Medical and sanitary report of the native army of Bengal for the year
Year: 1874
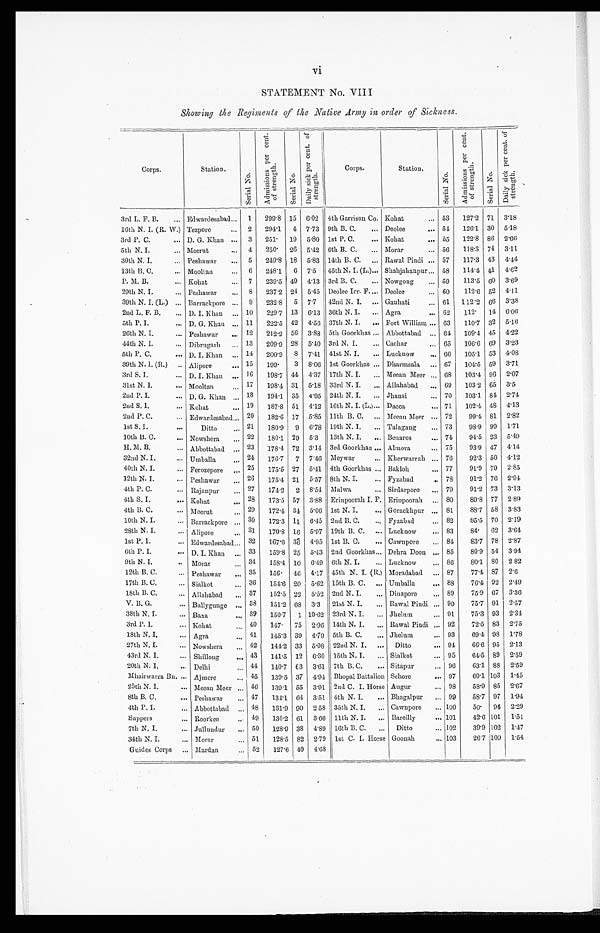
vi
STATEMENT No. VIII
Showing the Regiments of the Native Army in order of Sickness.
C r o p s .
S t a t i o n .
S e r i a l N o .
A d m i s s i o n s p e r c e n t . o f s t r e n g t h .
S e r i a l N o .
D a i l y s i c k p e r c e n t . o f s t r e n g t h .
C r o p s .
S t a t i o n .
S e r i a l N o .
A d m i s s i o n s p e r c e n t . o f s t r e n g t h .
S e r i a l N o .
D a i l y s i c k p e r c e n t o f s t r e n g t h .
3rd L. F. B.
E d w a r d e s a b a d 1 299·8
1 5
6·02
4 t h G a r r i s o n C o .
K o h a t
5 3
127·2
7 1
3·18
16th N. I. (R. W.)
T e z p o r e
2 294·1
4
7 · 7 3
9 t h B . C .
D e o l e e
5 4
126·1
3 0
5·18
3rd P. C.
D . G . K h a n 3 251·
1 9
5·80
1 s t P . C .
K o h a t
5 5
122·8
8 6
2·66
5th N. I.
M e e r u t
4 250·
2 6
5·42
6 t h B . C .
M o r a r
5 6
118·3
7 4
3·11
30th N. I.
P e s h a w a r
5 249·8
1 8
5·83
1 4 t h B . C .
R a w a l P i n d i
5 7
117·3
4 3
4·44
13th B. C.
M o o l t a n
6 248·1 6
7 · 5
4 5 t h N . I . ( L . )
S h a h j a h a n p u r
5 8
1 1 4 · 4
4 1
4·62
P. M. B.
Kohat
7 239·5
4 9
41·3
3 r d B . C .
N o w g o n g
5 9
113·5
6 0
3·69
29th N. I.
P e s h a w a r
8 237·2
2 4
5·45
D e o l e e I r r . F .
D e o l e e
6 0
112·6
5 2
4·11
39th N. I. (L.)
B a r r a c k p o r e
9 232·8 5 7·7
4 2 n d N . I .
G a u h a t i
6 1
112·2 66 3·38
2nd L. F. B.
D. I. Khan
10 229·7 13 6·13
3 6 t h N . I .
A g r a
6 2
112·
1 4
6·06
5th P. I.
D. G. Khan
11 222·5 42 4·56
3 7 t h N . I .
F o r t W i l l i a m
6 3
110·7
3 2
5·16
26th N. I.
Peshawar
12 212·2 56 3·88
5 t h G o o r k h a s
A b b o t t a b a d
6 4
109·4
4 5
4·22
44th N. I.
Dibrugarh
13 209·9 28 5·40
3 r d N . I .
C a c h a r
6 5
106·6 69 3·23
5th P. C.
D. I. Khan
14 200·9 8 7·41
4 1 s t N . I .
L u c k n o w
6 6
105·1 53 4·08
39th N. I. (R.)
Alipore
15 199·
3 8·06
1 s t G o o r k h a s
D h a r m s a l a
67 104·5 59 3·71
3rd S. I.
D. I. Khan
16 198·7 44 4·37
1 7 t h N . I .
M e e a n M e e r
68 103·4 96 2·07
31st N. I.
Mooltan
17 198·4 31 5·18
3 3 r d N . I .
A l l a h a b a d
69 103·2 65 3·5
2nd P. I.
D. G. Khan
18 194·1 35 4·95
2 4 t h N . I .
J h a n s i
70 103·1 84 2·74
2nd S. I. Kohat
19 187·8 51 4·12
1 6 t h N . I . ( L . )
D a c c a
71 102·4
4 8
4·13
2nd P. C.
E d w a r d e s a b a d 20 182·6 17 5·85
1 1 t h B . C .
M e e a n M e e r 72
99·4 81 2·82
1st S. I.
Ditto
21 180·9 9 6·78
1 9 t h N . I .
T a l a g a n g 73
98·9 99
1 · 7 1
10th B. C.
Nowshera
22 180·1 29 5·3
1 3 t h N . I .
B e n a r e s 74
94·5 23 5·49
H. M. B.
Abbottabad
23 178·4 72 3·14
3 r d G o o r k h a s
A l m o r a 75
93·9 47 4·14
32nd N. I.
Umballa
24 176·7 7 7·46
M e y w a r
K h e r w a r r a h 76
92·3 50 4·12
40th N. I.
Ferozepore
25 175·5 27 5·41
4 t h G o o r k h a s
B a k l o h 77
91·9 79 2·85
12th N. I.
Peshawar
26 175·4 21 5·57
8 t h N . I .
F y z a b a d 78
91·2 76 2·94
4th P. C.
Rajanpur
27 174·2 2 8·54
M a l w a
S i r d a r p o r e 79
91·2 73 3·13
4th S. I.
Kohat
28 173·5 57 3·88
E r i p o o r a h I . F .
E r i n p o o r a h 80
89·8 77 2·89
4th B. C.
Meerut
29 172·4 34 5·06
1 s t N . I .
G o r a c k h p u r 81
88·7 58 3·83
10th N. I.
Barrackpore
30 172·3
1 1
6·45
2 n d B . C .
F y z a b a d 82
85·5 70 2·19
28th N. I.
Alipore
31 170·8 16 5·97
1 9 t h B . C .
L u c k n o w 83
84· 62 3·64
1st P. I.
Edwardesabad
32 167·6 36 4·95
1 s t B . C .
C a w n p o r e 84
83·7 78 2·87
6th P. I.
D. I. Khan
33 159·8 25 5·43
2 n d G o o r k h a s
D e h r a D o o n 85
80·9 54 3·94
9th N. I.
Morar
34 153·4 10 6·49
6 t h N . I .
L u c k n o w 86
80·1 80 2·82
12th B. C.
Peshawar
35 156· 46 4·17
4 5 t h N . I . ( R . )
M o r a d a b a d 87
77·4 87 2·6
17th B. C.
Sialkot
36 154·6 20 5·62
1 5 t h B . C .
U m b a l l a 88
76·4 92 2·49
18th B. C.
Allahabad
37 152·5 22 5·53
2 n d N . I .
D i n a p o r e 89
75·9 67 3·36
V. B. G.
Ballygunge
38 151·2 68 3·3
2 1 s t N . I .
R a w a l P i n d i 90
75·7 91 2·57
38th N. I.
Baxa
39 150·7 1 10·62
2 3 r d N . I .
J h e l u m 91
75·3 93 2·34
3rd P. I.
Kohat
40 147· 75 2·96
1 4 t h N . I .
R a w a l P i n d i 92
72·5 83 2·75
18th N. I.
Agra
41 145·3 39 4·79
5 t h B . C .
J h e l u m 93
69·4 98 1·78
27th N. I.
Nowshera
42 144·2 33 5·08
2 2 n d N . I .
D i t t o 94
66·6 95 2·13
43rd N. I.
Shillong
43 141·5 12 6·30
1 5 t h N . I .
S i a l k o t 95
64·5 89 2·59
20th N. I.
Delhi
4 4
140·7 63 3·61
7 t h B . C .
S i t a p u r 96
63·1 88 2·59
Mhairwarra Bn. Ajmere
45 139·5 37 4·94
B h o p a l B a t t a l i o n
S e h o r e 97
60·1 103 1·45
25th N. I.
Meean Meer
46 139·1 55 3·91
2 n d C . I . H o r s e
Au g u r 98
58·9 85 2·67
8th B. C.
Peshawar
47 134·1 64 3·51
4 t h N . I .
B h a g a p u r 99
58·7 97 1·94
4th P. I.
Abbottabad
48 131·9 90 2·58
3 5 t h N . I .
C a w n p o r e 100
50· 94 2·29
Sappers
Roorkee
49 130·2 61 3·66
1 1 t h N . I .
B a r e i l l y 101
42·6 101 1·51
7th N. I.
Jullundur
50 128·9 38 4·89
1 6 t h N . I .
D i t t o 102
39·9 102 1·47
34th N. I.
Morar
51 128·5 82 2·79
1 s t C . I . H o r s e
G o o n a h 103
26·7 100 1·54
Guides Corps
Mardan
52 127·6 40 4·68
1 s t C. I . Ho r s e